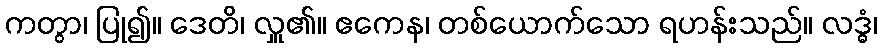
ကတွာ၊ ပြု၍။ ဒေတိ၊ လှူ၏။ ဧကေန၊ တစ်ယောက်သော ရဟန်းသည်။ လဒ္ဓံ၊